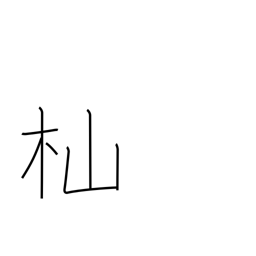
Meaning: woodcutter